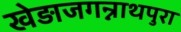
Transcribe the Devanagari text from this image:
खेड़ाजगन्नाथपुरा